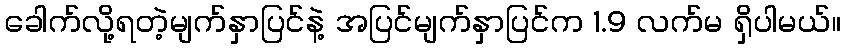
ခေါက်လို့ရတဲ့မျက်နှာပြင်နဲ့ အပြင်မျက်နှာပြင်က 1.9 လက်မ ရှိပါမယ်။